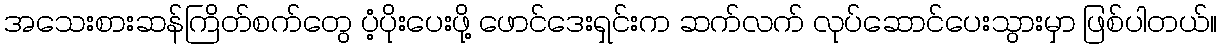
အသေးစားဆန်ကြိတ်စက်တွေ ပံ့ပိုးပေးဖို့ ဖောင်ဒေးရှင်းက ဆက်လက် လုပ်ဆောင်ပေးသွားမှာ ဖြစ်ပါတယ်။